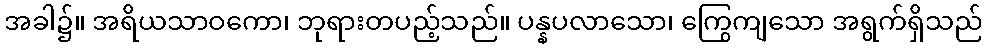
အခါ၌။ အရိယသာဝကော၊ ဘုရားတပည့်သည်။ ပန္နပလာသော၊ ကြွေကျသော အရွက်ရှိသည်